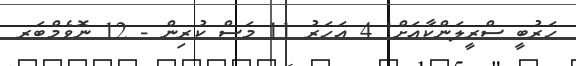
ހަރުބީ ސްރީލަންކާއަށް! 4 އަހަރު 11 މަސް ކުރިން - 12 ނޮވެމްބަރ